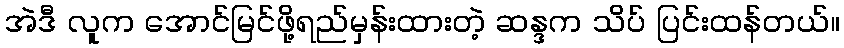
အဲဒီ လူက အောင်မြင်ဖို့ရည်မှန်းထားတဲ့ ဆန္ဒက သိပ် ပြင်းထန်တယ်။